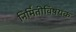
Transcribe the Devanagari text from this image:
निर्मितीविषयक